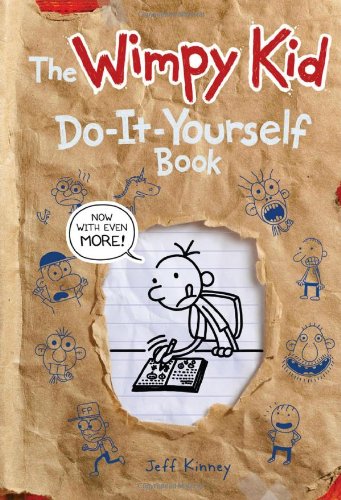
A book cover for The Wimpy Kid Do-It-Yourself Book (Diary of a Wimpy Kid); Jeff Kinney; Children's Books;